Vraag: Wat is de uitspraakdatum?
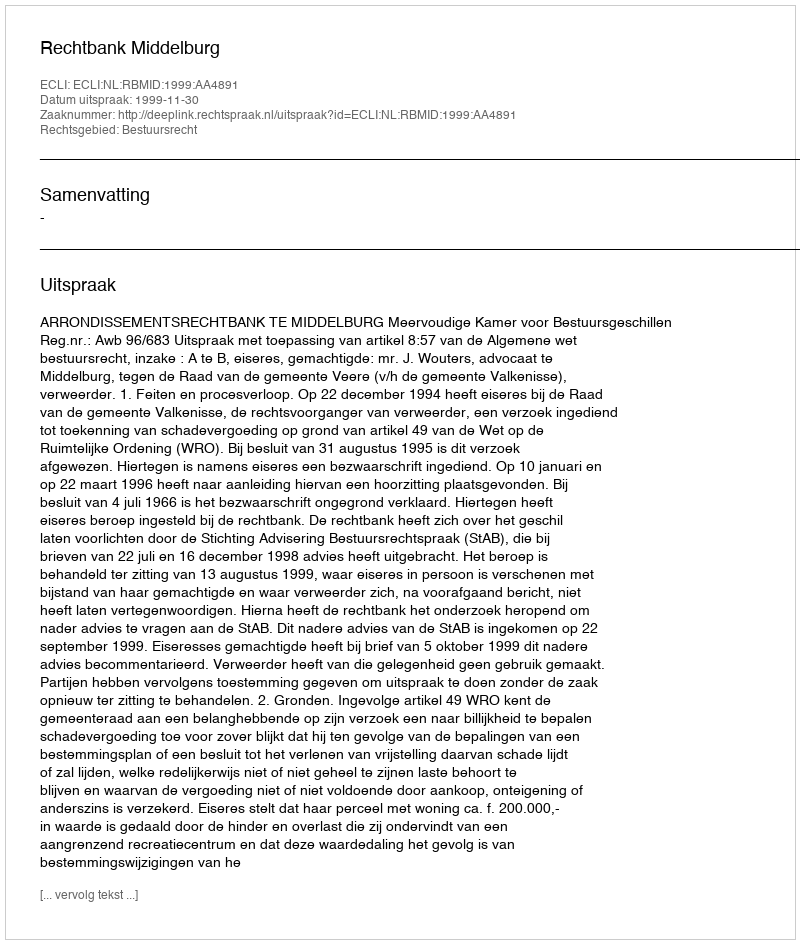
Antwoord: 1999-11-30